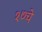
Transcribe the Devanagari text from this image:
१७चे